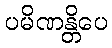
ပမိဏန္တိပေ